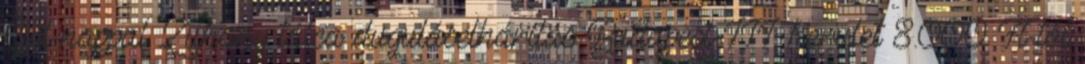
Éjjel-nappal Zuhany tálca duguláselhárítás Budapest III. kerület 8.000 Ft-tól